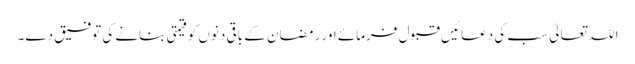
اللہ تعالیٰ سب کی دعائیں قبول فرمائے اور رمضان کے باقی دنوں کو قیمتی بنانے کی توفیق دے۔